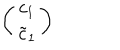
\left( \begin{array} { c } { { c _ { 1 } } } \\ { { \tilde { c } _ { 1 } } } \\ \end{array} \right)